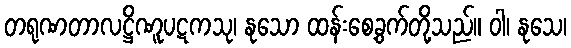
တရုဏတာလဋ္ဌိဏူပဋကသု၊ နုသော ထန်းစေ့ခွက်တို့သည်။ ဝါ၊ နုသေ၊